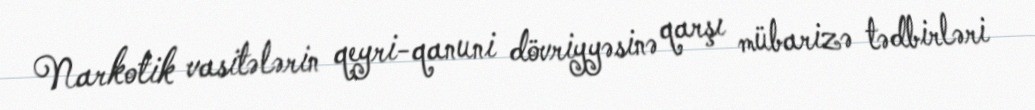
Narkotik vasitələrin qeyri-qanuni dövriyyəsinə qarşı mübarizə tədbirləri